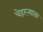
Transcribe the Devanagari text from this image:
चेहरऱ्यावर